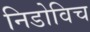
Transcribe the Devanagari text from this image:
निडोविच